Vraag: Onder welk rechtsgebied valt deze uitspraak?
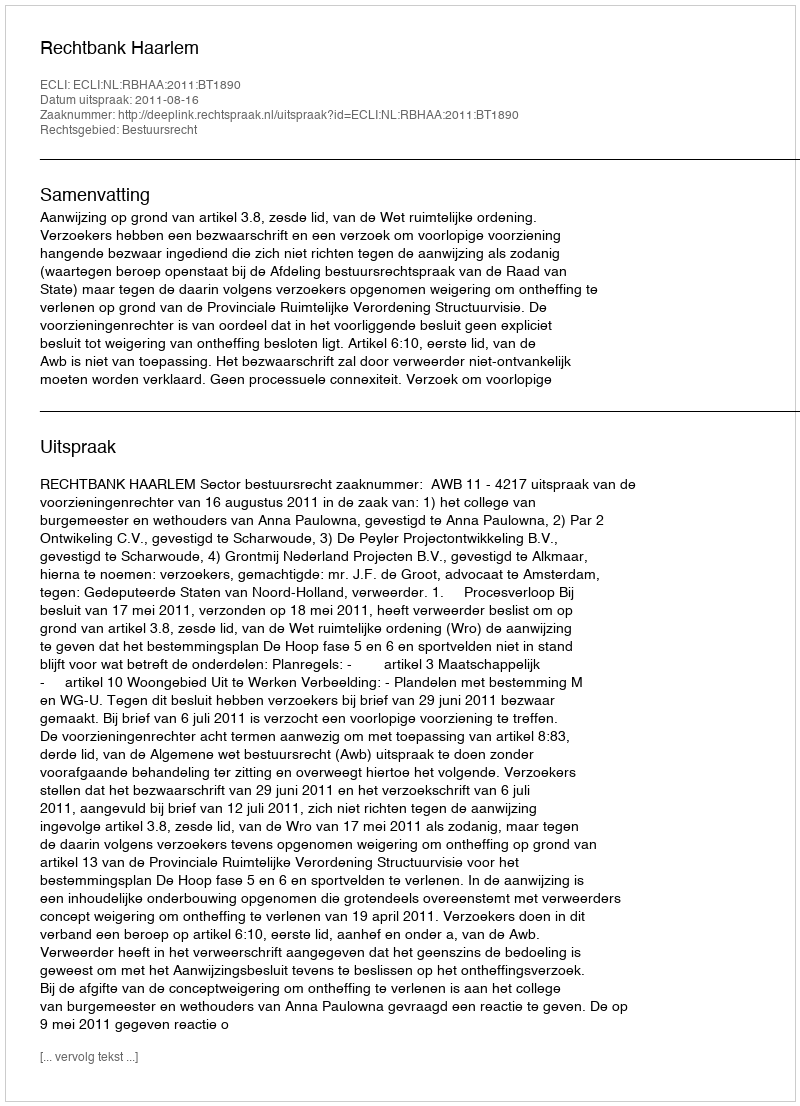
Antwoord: Bestuursrecht